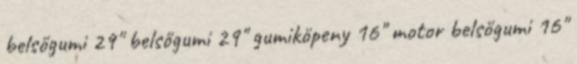
belsőgumi 29" belsőgumi 29" gumiköpeny 16" motor belsőgumi 16"